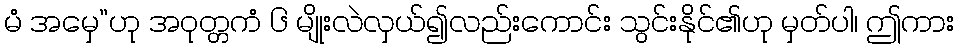
မံ အမှေ”ဟု အဝုတ္တကံ ၆ မျိုးလဲလှယ်၍လည်းကောင်း သွင်းနိုင်၏ဟု မှတ်ပါ၊ ဤကား